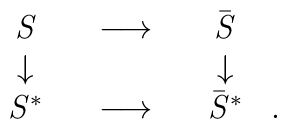
\begin{array}{ccc} \it S \\ \downarrow \\ {\it S}^* \\\end{array} \begin{array}{ccc} & \longrightarrow & \\ &&\\ & \longrightarrow & \\ \end{array}\begin{array}{ccc} {\bar {\it S}} \\ \downarrow \\{\bar {\it S}}^* \\ \end{array}\begin{array}{ccc} && \\ && \\ . \\ \end{array}